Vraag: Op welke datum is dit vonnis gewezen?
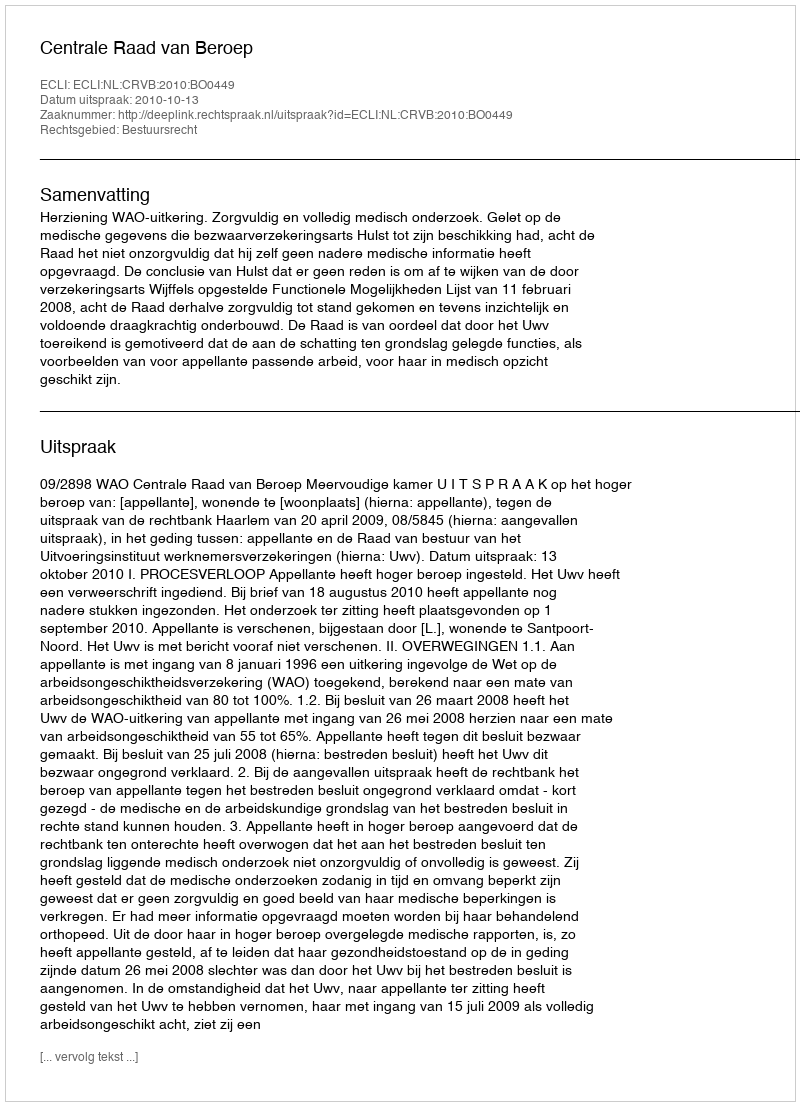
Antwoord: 2010-10-13